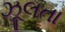
ઝૂલતા